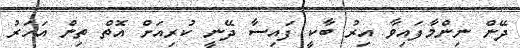
ދޭން ނިންމާފައިވާ އިރު ބާކީ ފައިސާ ދޭނީ ކުރިއަށް އޮތް ތިން އަހަރު